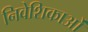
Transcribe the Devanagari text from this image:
निवेशिकाओं